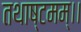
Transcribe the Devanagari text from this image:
तथाष्टमम्।।